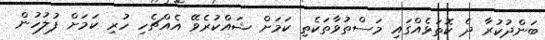
ބަންދުކުރާ ދެ ކޮތަޅެއްގައި މަސްތުވާތަކެތި ކަމަށް ޝައްކުރެވޭ އެއްޗެހި ހުރި ކަމަށް ފުލުހުން